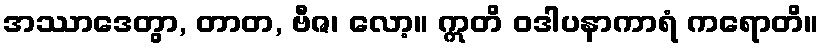
အဿာဒေတွာ, တာတ, ဗီဇ၊ လော့။ ဣတိ ဝဒါပနာကာရံ ကရောတိ။